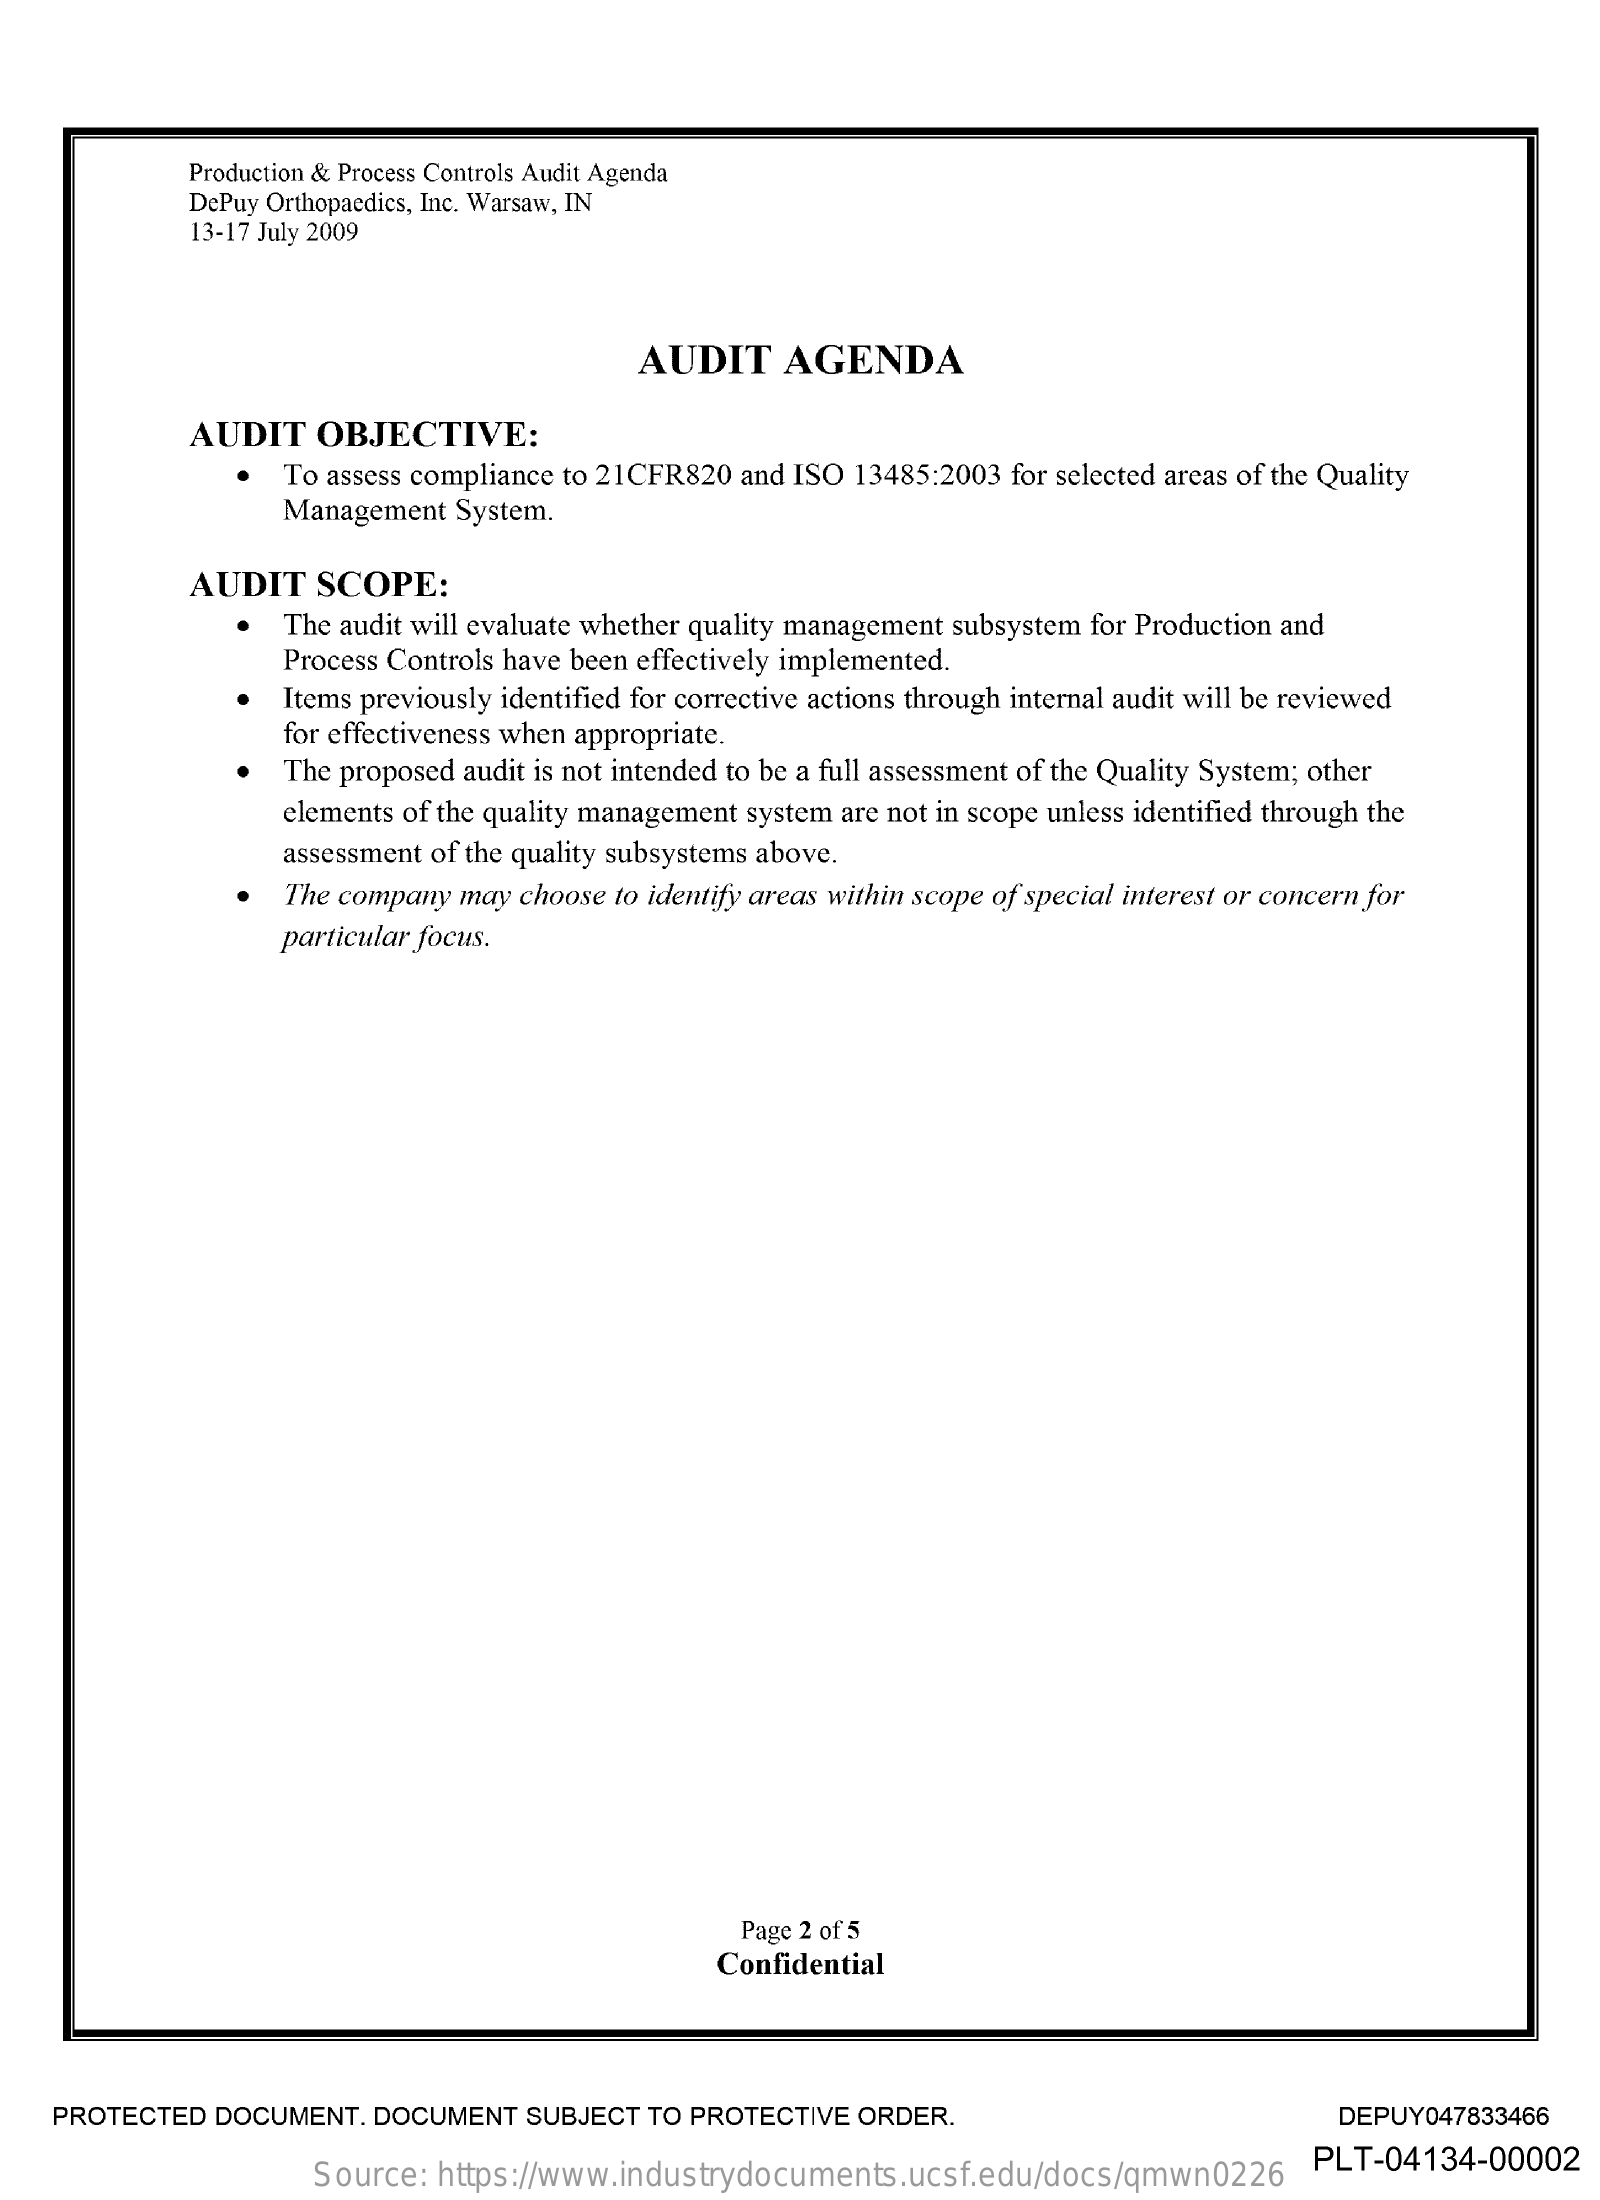
Production & Process Controls Audit Agenda
     DePuy Orthopaedics, Inc. Warsaw, IN
     13-17 July 2009
     AUDIT    AGENDA
     AUDIT   OBJECTIVE:
     To assess compliance to 21CFR820 and ISO 13485:2003 for selected areas of the Quality
     Management  System.
     AUDIT   SCOPE:
     The audit will evaluate whether quality management subsystem for Production and
     Process Controls have been effectively implemented.
     Items previously identified for corrective actions through internal audit will be reviewed
     for effectiveness when appropriate.
     The proposed audit is not intended to be a full assessment of the Quality System; other
     elements of the quality management system are not in scope unless identified through the
     assessment of the quality subsystems above.
     The company may  choose to identify areas within scope of special interest or concern for
     particular focus.
     Page 2 of 5
     Confidential
    PROTECTED  DOCUMENT.  DOCUMENT   SUBJECT  TO PROTECTIVE  ORDER.    DEPUY047833466
     Source:  https://www.industrydocuments.ucsf.edu/docs/qmwn0226
     PLT-04134-00002